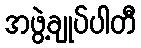
အဖွဲ့ချုပ်ပါတီ